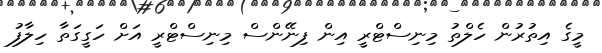
މީގެ އިތުރުން ހެލްތު މިނިސްޓްރީ އިން ފިނޭންސް މިނިސްޓްރީ އަށް ހަގީގަތާ ހިލާފު